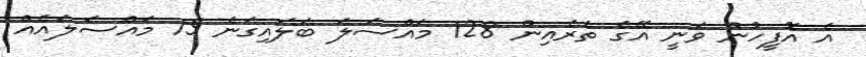
އެ އޮފީހުން ވަނީ އޭގެ ތެރެއިން 128 މައްސަލަ ބަލައިގަނެ 15 މައްސަލައެއް